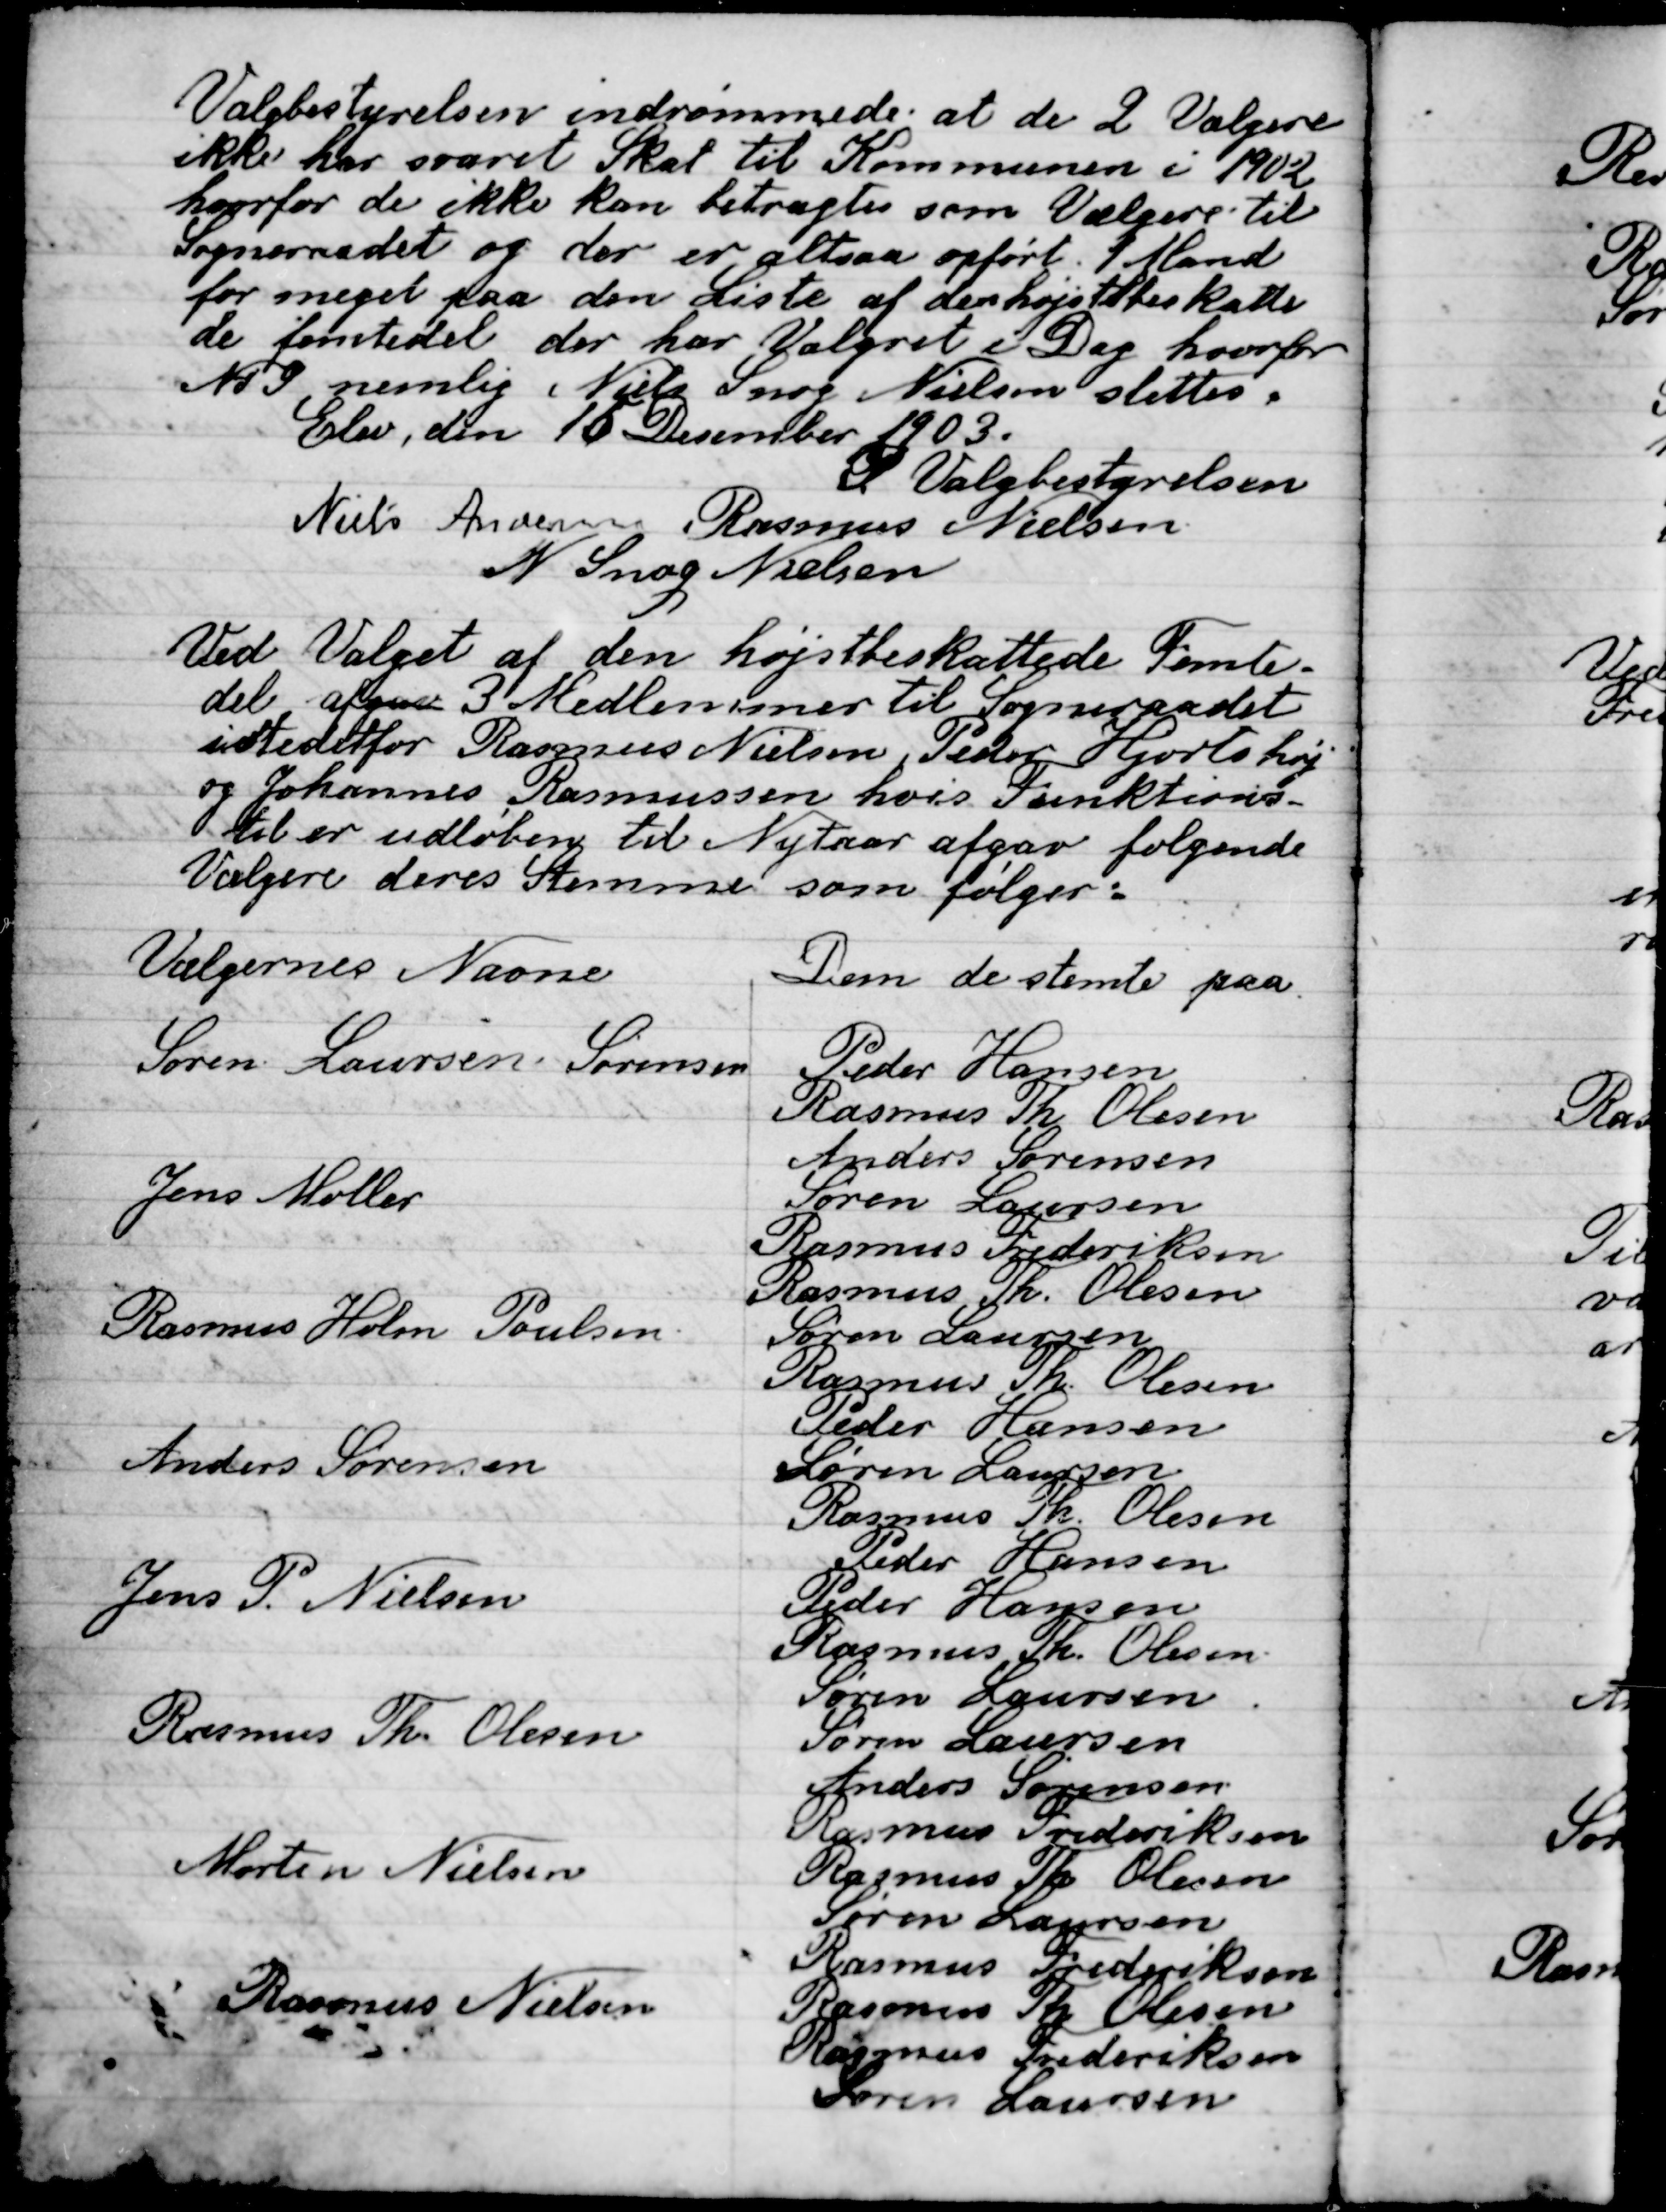
Transskription:
Valgbestyrelsen indrømmede at de 2 vælgere
Ikke har svaret skat til Kommunen i 1902
hvorfor de ikke kan betragtes som vælgere til
Sogneraadet og der er altsaa opført 1 mand
for meget paa den Liste af den højst beskatte-
de femtedel der har Valgret i Dag hvorfor
Nr. 9 nemlig, Niels Snog Nielsen slettes.

Elev den 16 December 1903
F. Valg bestyrelsen

Niels Andersen
Rasmus Nielsen
N. Snog Nielsen

Ved Valget af den højest beskattede Femte
del af 3 medlemmer til Sogneraadet
Istedetfor Rasmus Nielsen, Peder Hjortshøj
Og Johannes Rasmussen hvis Funktions-
tid er udløben til Nytaar afgav følgende
Vælgere deres Stemme som følger: